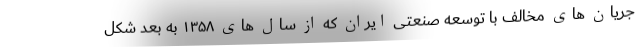
جریان های مخالف با توسعه صنعتی ایران که از سال های ۱۳۵۸ به بعد شکل